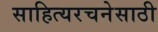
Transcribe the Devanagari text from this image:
साहित्यरचनेसाठी